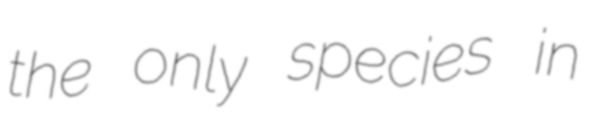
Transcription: the only species in